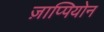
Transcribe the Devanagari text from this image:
ज़ाप्पियोन